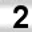
Digit: 2